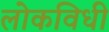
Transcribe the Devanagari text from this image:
लोकविधी